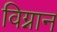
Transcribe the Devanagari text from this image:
विग्नान